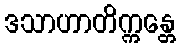
ဒသာဟာတိက္ကန္တေ